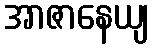
အာဇာနေယျ